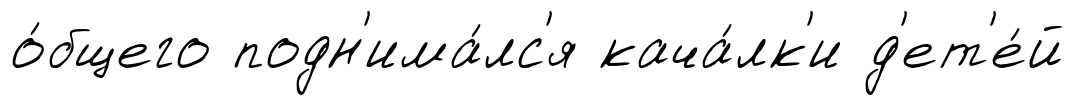
о́бщего подн'има́лс'я кача́лк'и д'ет'е́й